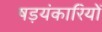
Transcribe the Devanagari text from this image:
षड़यंकारियों